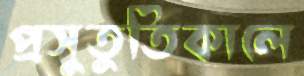
প্রসুতুতিকালে